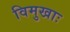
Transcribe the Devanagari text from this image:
विमुखाः